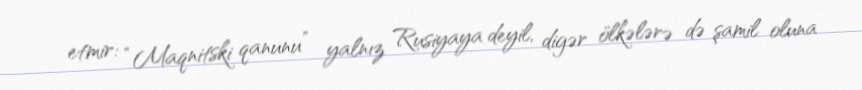
etmir: “Maqnitski qanunu” yalnız Rusiyaya deyil, digər ölkələrə də şamil oluna